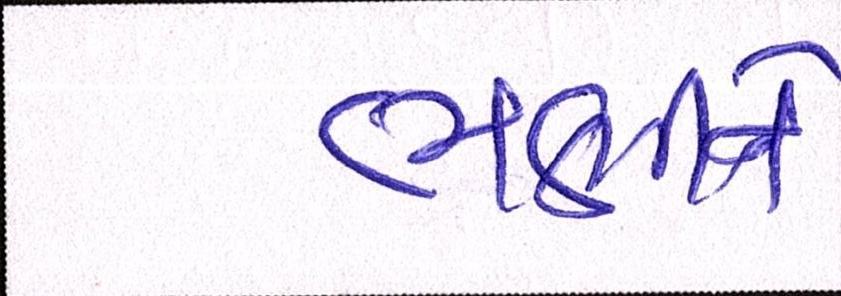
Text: ભણીને